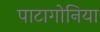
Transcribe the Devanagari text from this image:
पाटागोनिया